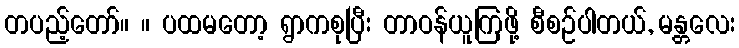
တပည့်တော်။ ။ ပထမတော့ ရွာကစုပြီး တာဝန်ယူကြဖို့ စီစဉ်ပါတယ်, မန္တလေး